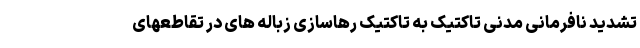
تشدید نافرمانی مدنی تاکتیک به تاکتیک رهاسازی زباله های در تقاطعهای